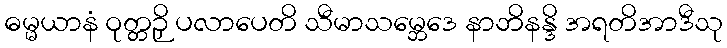
ဓမ္မယာနံ ဝုတ္တဉှိ ပလာပေတိ သီမာသမ္ဘေဒေ နာဘိနန္ဒိ အရတိအာဒီသု